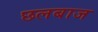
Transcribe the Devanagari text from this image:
छलबाज